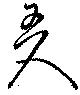
友